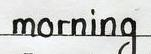
morning